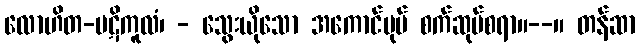
လောဟိတ-ပဋိကူလံ၊ - သွေးယိုသော အကောင်ပုပ် စက်ဆုပ်စရာ။--။ တန်ဆာ